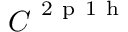
\boldsymbol { C } ^ { \mathrm { ~ 2 ~ p ~ 1 ~ h ~ } }